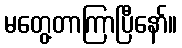
မတွေ့တာကြာပြီနော်။